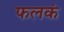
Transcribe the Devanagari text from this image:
फलकं